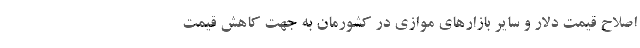
اصلاح قیمت دلار و سایر بازارهای موازی در کشورمان به جهت کاهش قیمت